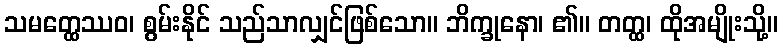
သမတ္ထေဿဝ၊ စွမ်းနိုင် သည်သာလျှင်ဖြစ်သော။ ဘိက္ခုနော၊ ၏။ တတ္ထ၊ ထိုအမျိုးသို့။